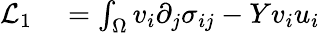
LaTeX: \begin{array}{rl}{\mathcal{L}_{1}}&{{}=\int_{\Omega}v_{i}\partial_{j}\sigma_{ij}-Yv_{i}u_{i}}\end{array}